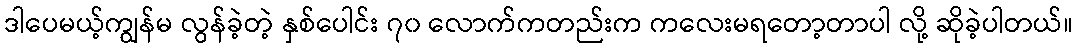
ဒါပေမယ့်ကျွန်မ လွန်ခဲ့တဲ့ နှစ်ပေါင်း ၇၀ လောက်ကတည်းက ကလေးမရတော့တာပါ လို့ ဆိုခဲ့ပါတယ်။